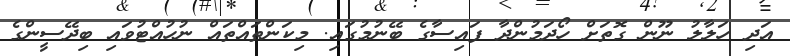
އަދި ހަލާލު ނޫން ގޮތަށް ހޯދަމުންދާ ފައިސާގެ ބޭނުމުގައި. މިކަންތައްތައް ނުހުއްޓުވައި ބިދޭސީންގެ